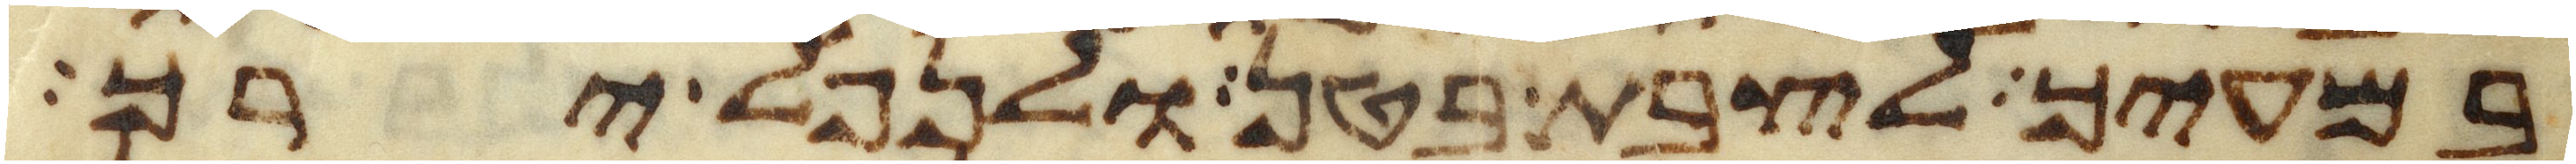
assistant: במעיך לצבת בטן ולנפל ירך